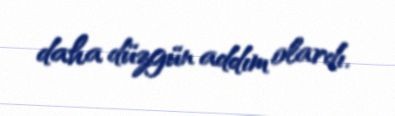
daha düzgün addım olardı.